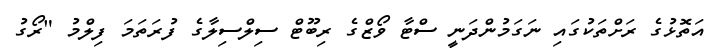
އަތޮޅުގެ ރަށްތަކުގައި ނަގަމުންދަނީ ސްޓާ ވޯޒްގެ ރިބޫޓް ސިލްސިލާގެ ފުރަތަމަ ފިލްމު "ރޯގު